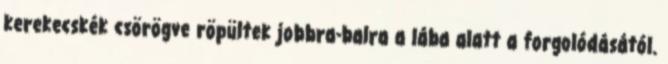
kerekecskék csörögve röpültek jobbra-balra a lába alatt a forgolódásától.